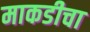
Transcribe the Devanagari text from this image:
माकडीचा